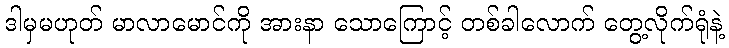
ဒါမှမဟုတ် မာလာမောင်ကို အားနာ သောကြောင့် တစ်ခါလောက် တွေ့လိုက်ရုံနဲ့